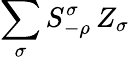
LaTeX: \sum_{\sigma}S_{-\rho}^{\sigma}\, Z_{\sigma}